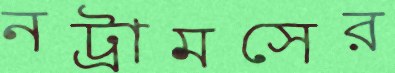
নট্রামসের